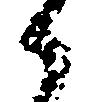
候